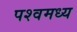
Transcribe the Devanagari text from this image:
पश्वमध्य